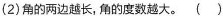
(2)角的两边越长，角的度数越大。（）